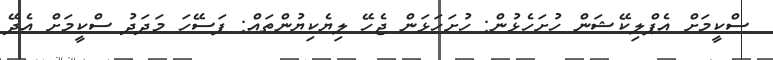
ސްކީމަށް އެޕްލިކޭޝަން ހުށަހެޅުން: ހުށަހަޅަން ޖެހޭ ލިޔެކިޔުންތައް: ފަސޭހަ މަދަދު ސްކީމަށް އެދޭ